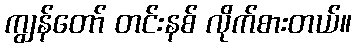
ကျွန်တော် တင်းနစ် လိုက်စားတယ်။